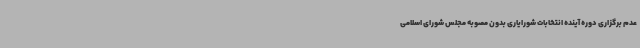
عدم برگزاری دوره آینده انتخابات شورایاری بدون مصوبه مجلس شورای اسلامی